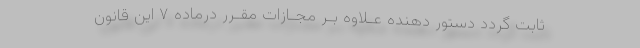
ثابت گردد دستور دهنده عـلاوه بـر مجـازات مقـرر درماده ۷ این قانون